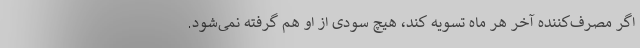
اگر مصرف‌کننده آخر هر ماه تسویه کند، هیچ سودی از او هم گرفته نمی‌شود.